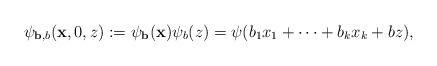
LaTeX: \begin{align*}\psi_{{\bf b},b}({\bf x},0,z):=\psi_{\bf b}({\bf x})\psi_b(z)=\psi(b_1x_1+\dots+b_kx_k+bz),\end{align*}